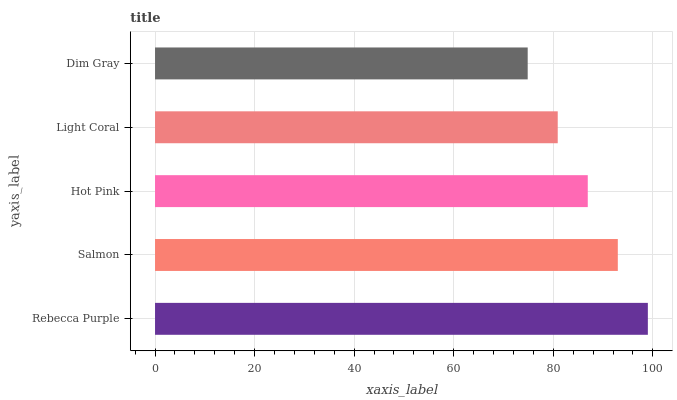
| yaxis_label | bars |
 | --- | --- |
 | Rebecca Purple | 99 |
 | Salmon | 93 |
 | Hot Pink | 86.9 |
 | Light Coral | 80.9 |
 | Dim Gray | 74.9 |